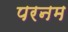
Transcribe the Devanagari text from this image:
परनम